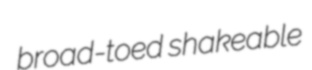
broad-toed shakeable